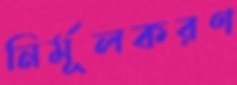
নির্মূলকরণ